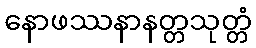
နောဖဿနာနတ္တသုတ္တံ